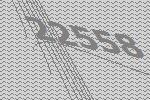
22558